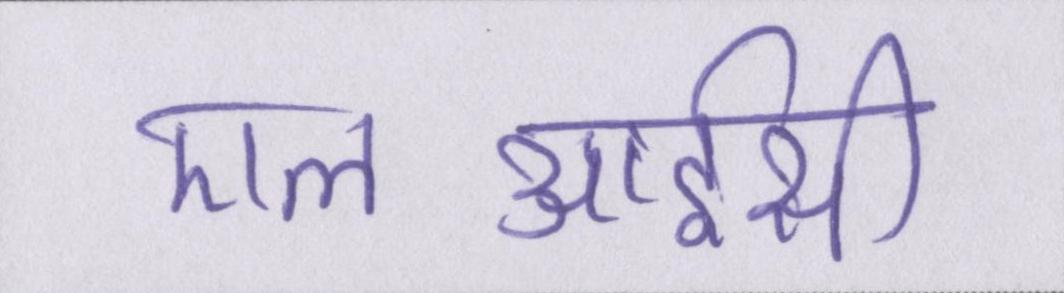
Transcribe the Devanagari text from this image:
एलआईसी